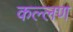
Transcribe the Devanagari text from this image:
कल्लण